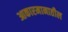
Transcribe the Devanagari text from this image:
आकारमानातील